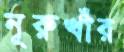
নূরুখাঁর